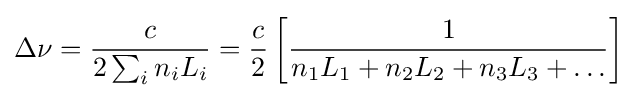
\Delta \nu ={\frac {c}{2\sum _{i}n_{i}L_{i}}}={\frac {c}{2}}\left[{\frac {1}{n_{1}L_{1}+n_{2}L_{2}+n_{3}L_{3}+\ldots }}\right]